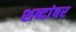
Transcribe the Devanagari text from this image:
शब्दांबर